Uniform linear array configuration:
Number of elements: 64
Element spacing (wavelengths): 0.75
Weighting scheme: kaiser
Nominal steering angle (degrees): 60
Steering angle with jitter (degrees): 59.652
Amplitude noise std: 0.05
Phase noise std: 0.05

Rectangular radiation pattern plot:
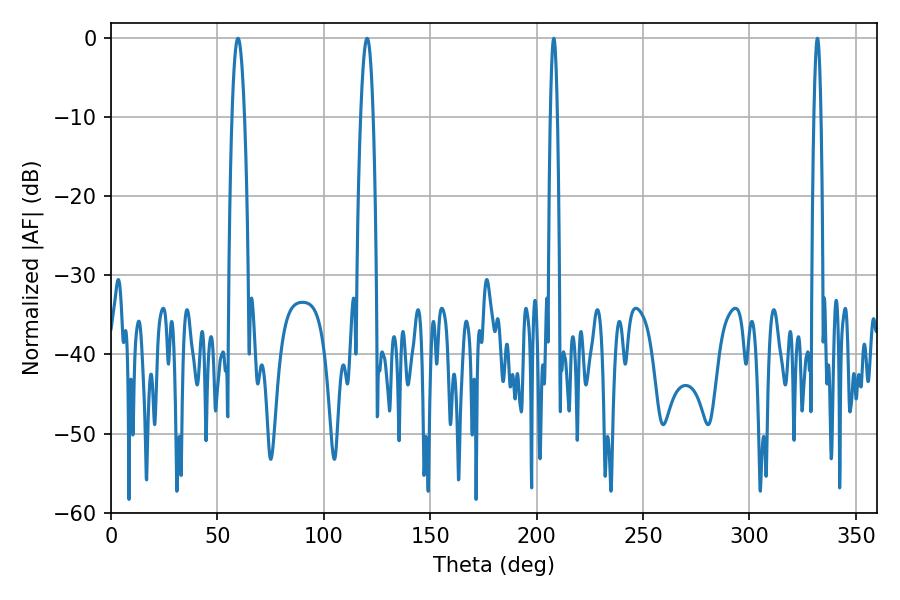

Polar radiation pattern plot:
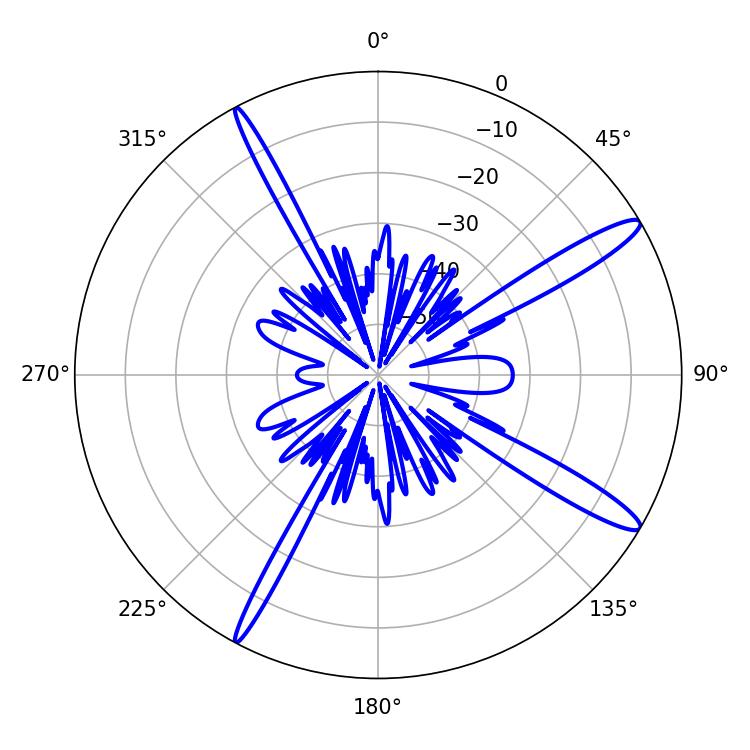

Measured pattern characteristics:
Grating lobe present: TRUE
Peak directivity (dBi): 14.372
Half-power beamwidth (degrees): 1.8
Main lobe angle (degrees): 331.92